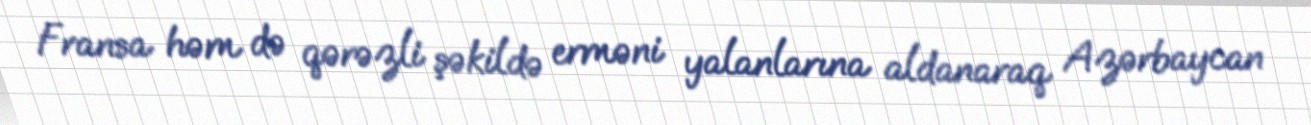
Fransa həm də qərəzli şəkildə erməni yalanlarına aldanaraq Azərbaycan